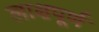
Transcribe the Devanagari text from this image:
लाक्षपूर्ण